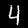
Digit: 4